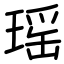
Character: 瑶